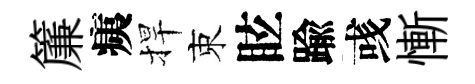
簾痍捍束眩踰彧慚